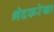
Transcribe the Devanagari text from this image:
भेदकरेखा